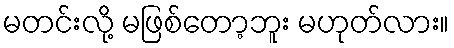
မတင်းလို့ မဖြစ်တော့ဘူး မဟုတ်လား။